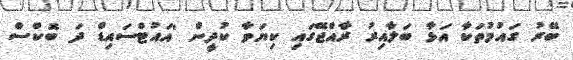
ބޭރު ގައުމުތަކާ އަޅާ ބަލާއިރު ރާއްޖޭގައި ކިޔަވާ ކުދީން 'އައުޓްސައިޑް ދަ ބޮކްސް